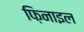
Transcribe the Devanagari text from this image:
फ़िनाइल